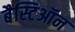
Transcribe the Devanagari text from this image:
बैस्टिऑन